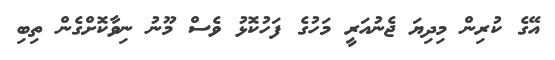
އޭގެ ކުރިން މިދިޔަ ޖެނުއަރީ މަހުގެ ފަހުކޮޅު ވެސް މޫނު ނިވާކޮށްގެން ތިބި